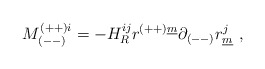
\begin{align*}M^{(++)i}_{(--)} = - H_R^{ij}r^{(++)\underline{m}}\partial_{(--)}r^j_{\underline{m}}~,\end{align*}